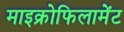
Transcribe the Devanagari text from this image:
माइक्रोफिलामेंट